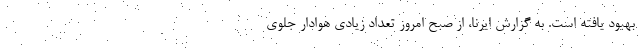
بهبود یافته است. به گزارش ایرنا، از صبح امروز تعداد زیادی هوادار جلوی